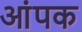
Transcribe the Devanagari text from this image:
आंपक